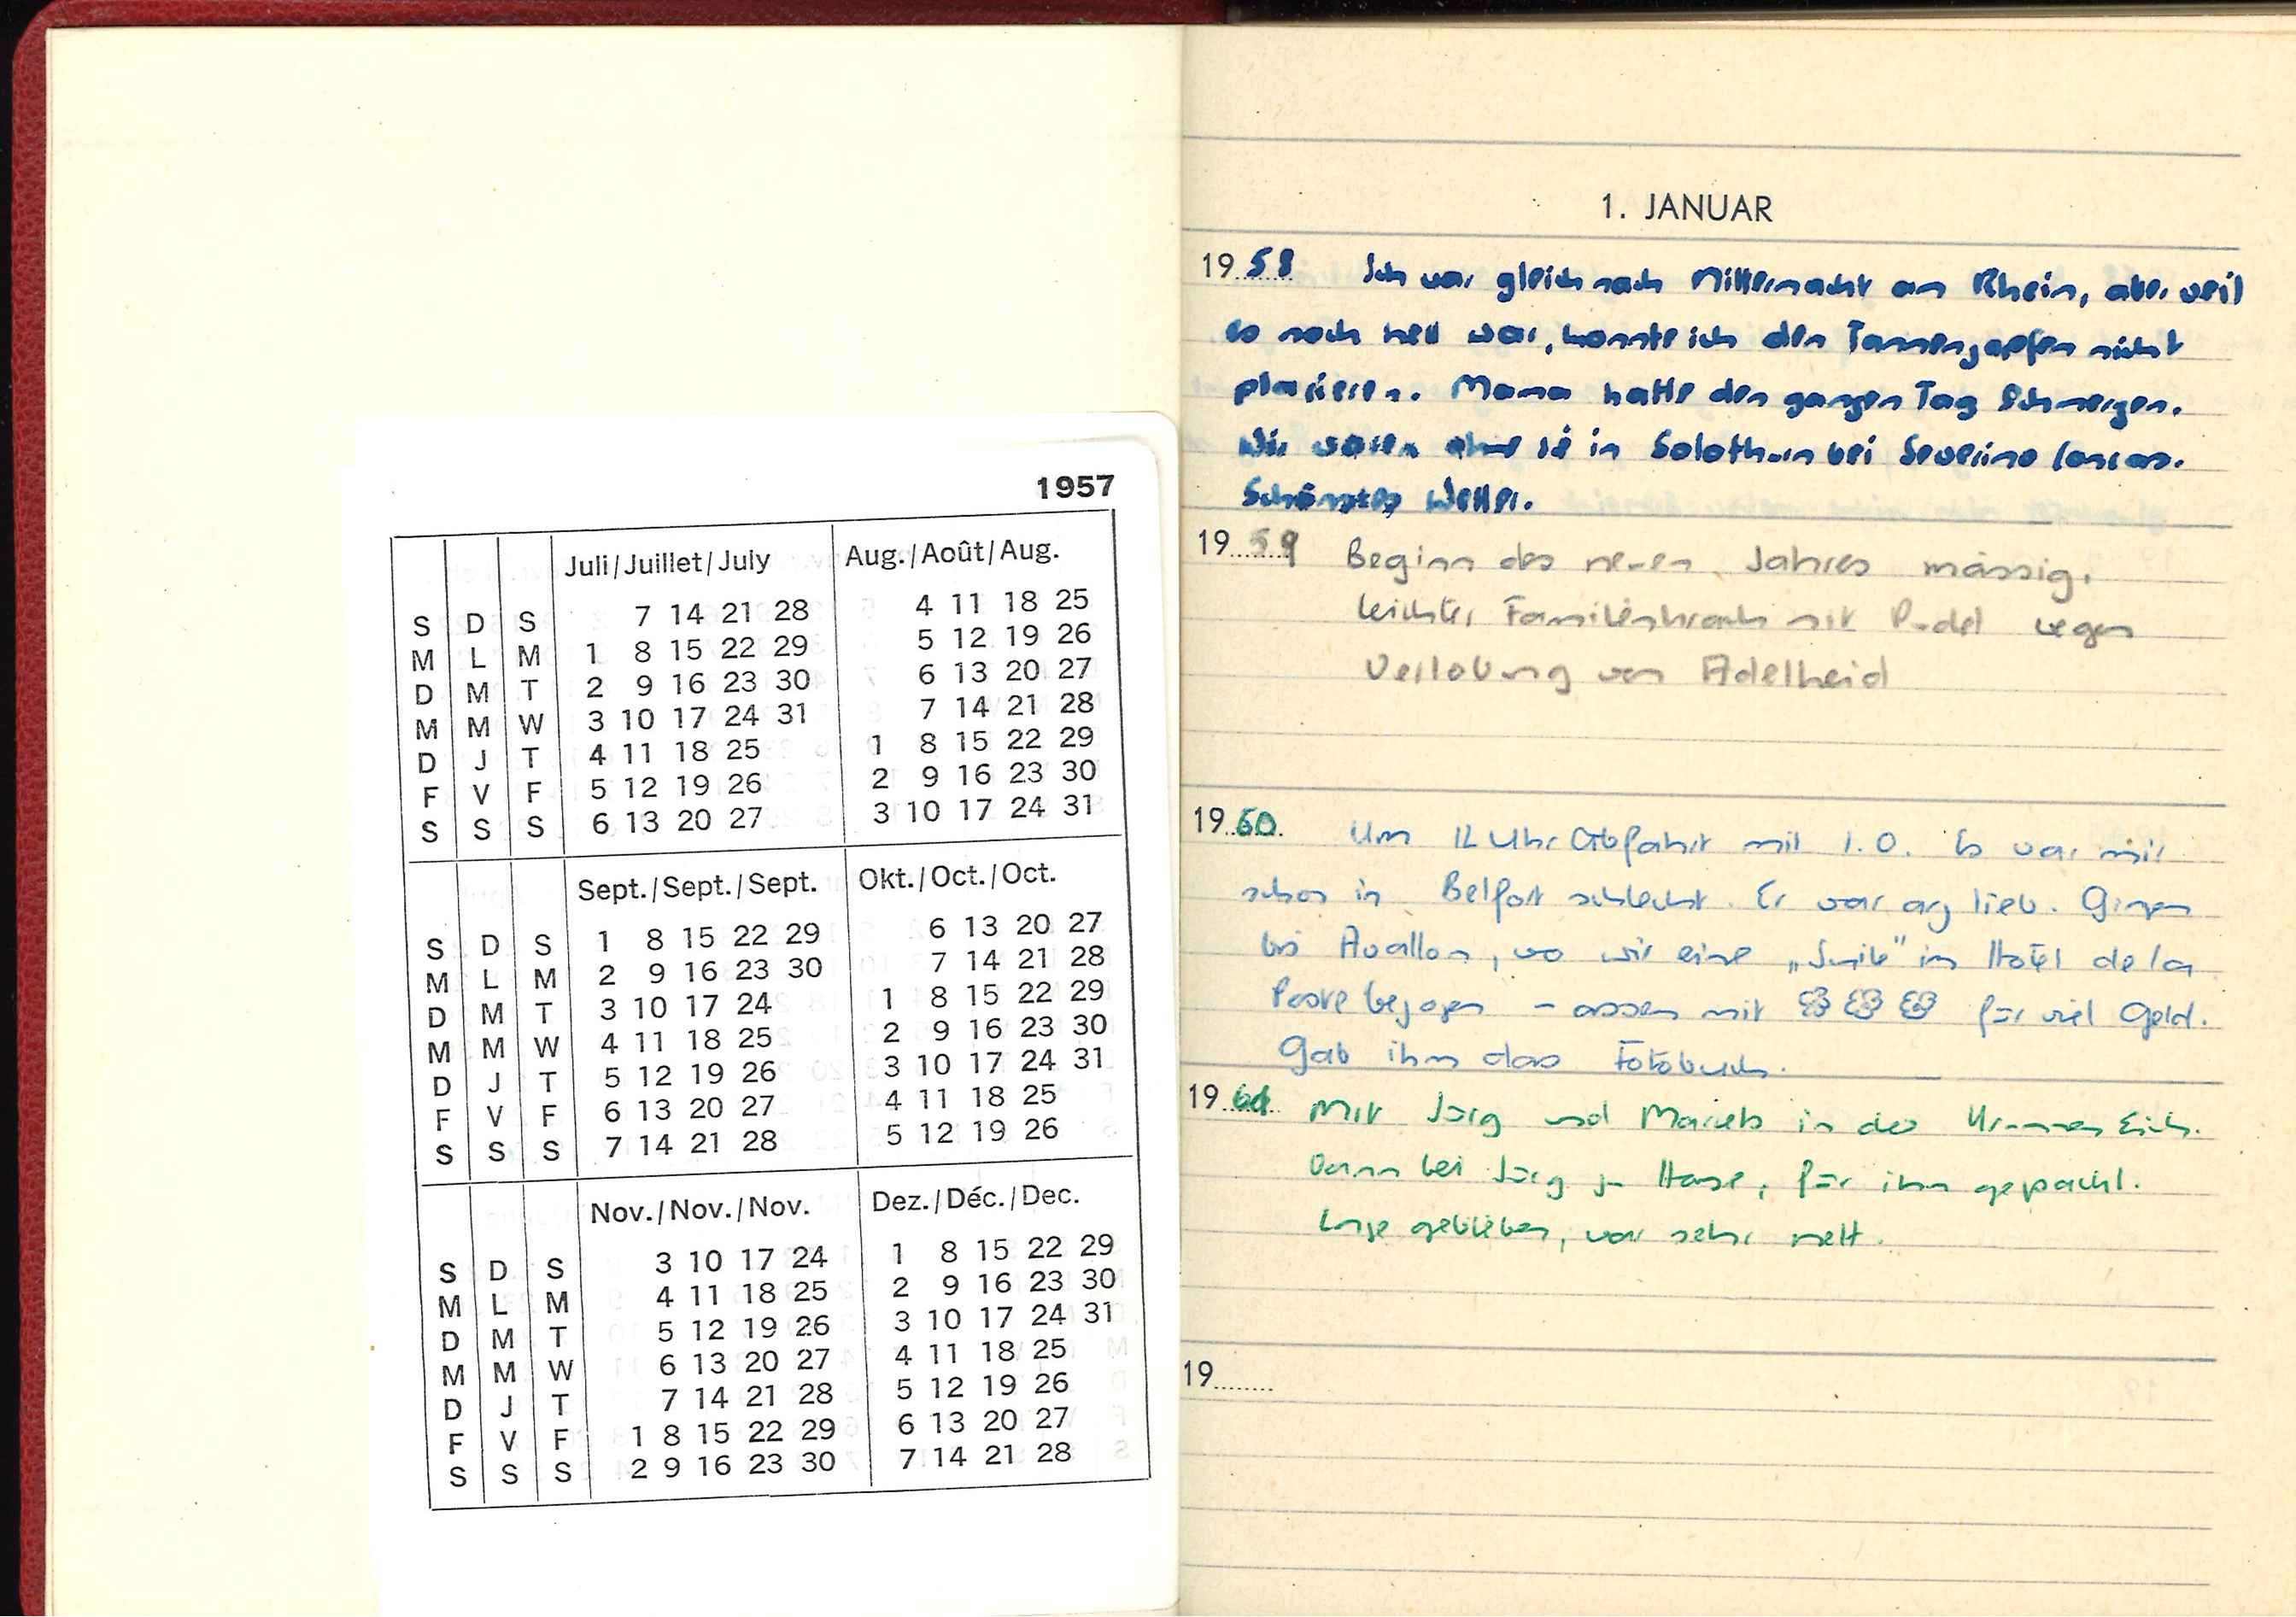
1. JANUAR
1958 Ich war gleich nach Mitternacht am Rhein, aber weil
es noch hell war, konnte ich den Tannenzapfen nicht
placieren. Mama hatte den ganzen Tag Schmerzen.
Wir waren ohne sie in Solothurn bei Severino
Schönstes Wetter.
1959 Beginn des neuen Jahres mässig,
leichter Familienkrank mit Pudel wegen
Verlobung von Adelheid
1960
Um 11 Uhr Abfahrt mit I. O. Es war mir
schon in Belfort schlecht. Er war arg lieb. Gingen
bis Avallon, wo wir eine „Suite“ im Hotel de la
Poste bezogen - assen mit ⁕⁕⁕ für viel Geld.
Gab ihm das Fotobuch.
1961
Mit Jürg und Mariets in der Krummen Eich.
Dann bei Jürg zu Hause, für ihn gepackt.
Lange geblieben, war sehr nett.
19